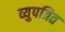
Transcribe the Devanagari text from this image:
व्युपत्रित